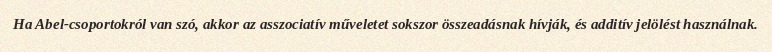
Ha Abel-csoportokról van szó, akkor az asszociatív műveletet sokszor összeadásnak hívják, és additív jelölést használnak.